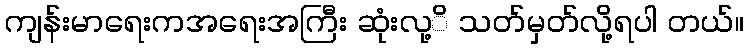
ကျန်းမာရေးကအရေးအကြီး ဆုံးလု့ိ သတ်မှတ်လို့ရပါ တယ်။